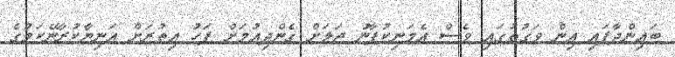
ބައިންދާފައި އިން ވަގުތުގައި ވެސް އެމަނިކުފާނު ޖަލަށް ގެންދިއުމަށް ފަހު އިތުރަށް އަނިޔާކުރާނޭކަމުގެ